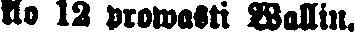
klo 12 prowasti Wallin.